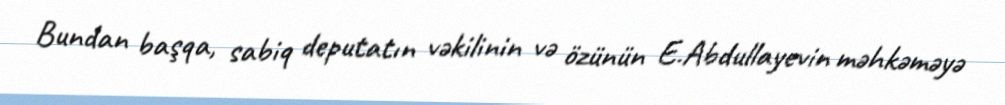
Bundan başqa, sabiq deputatın vəkilinin və özünün E.Abdullayevin məhkəməyə